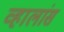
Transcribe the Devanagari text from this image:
व्हालांस